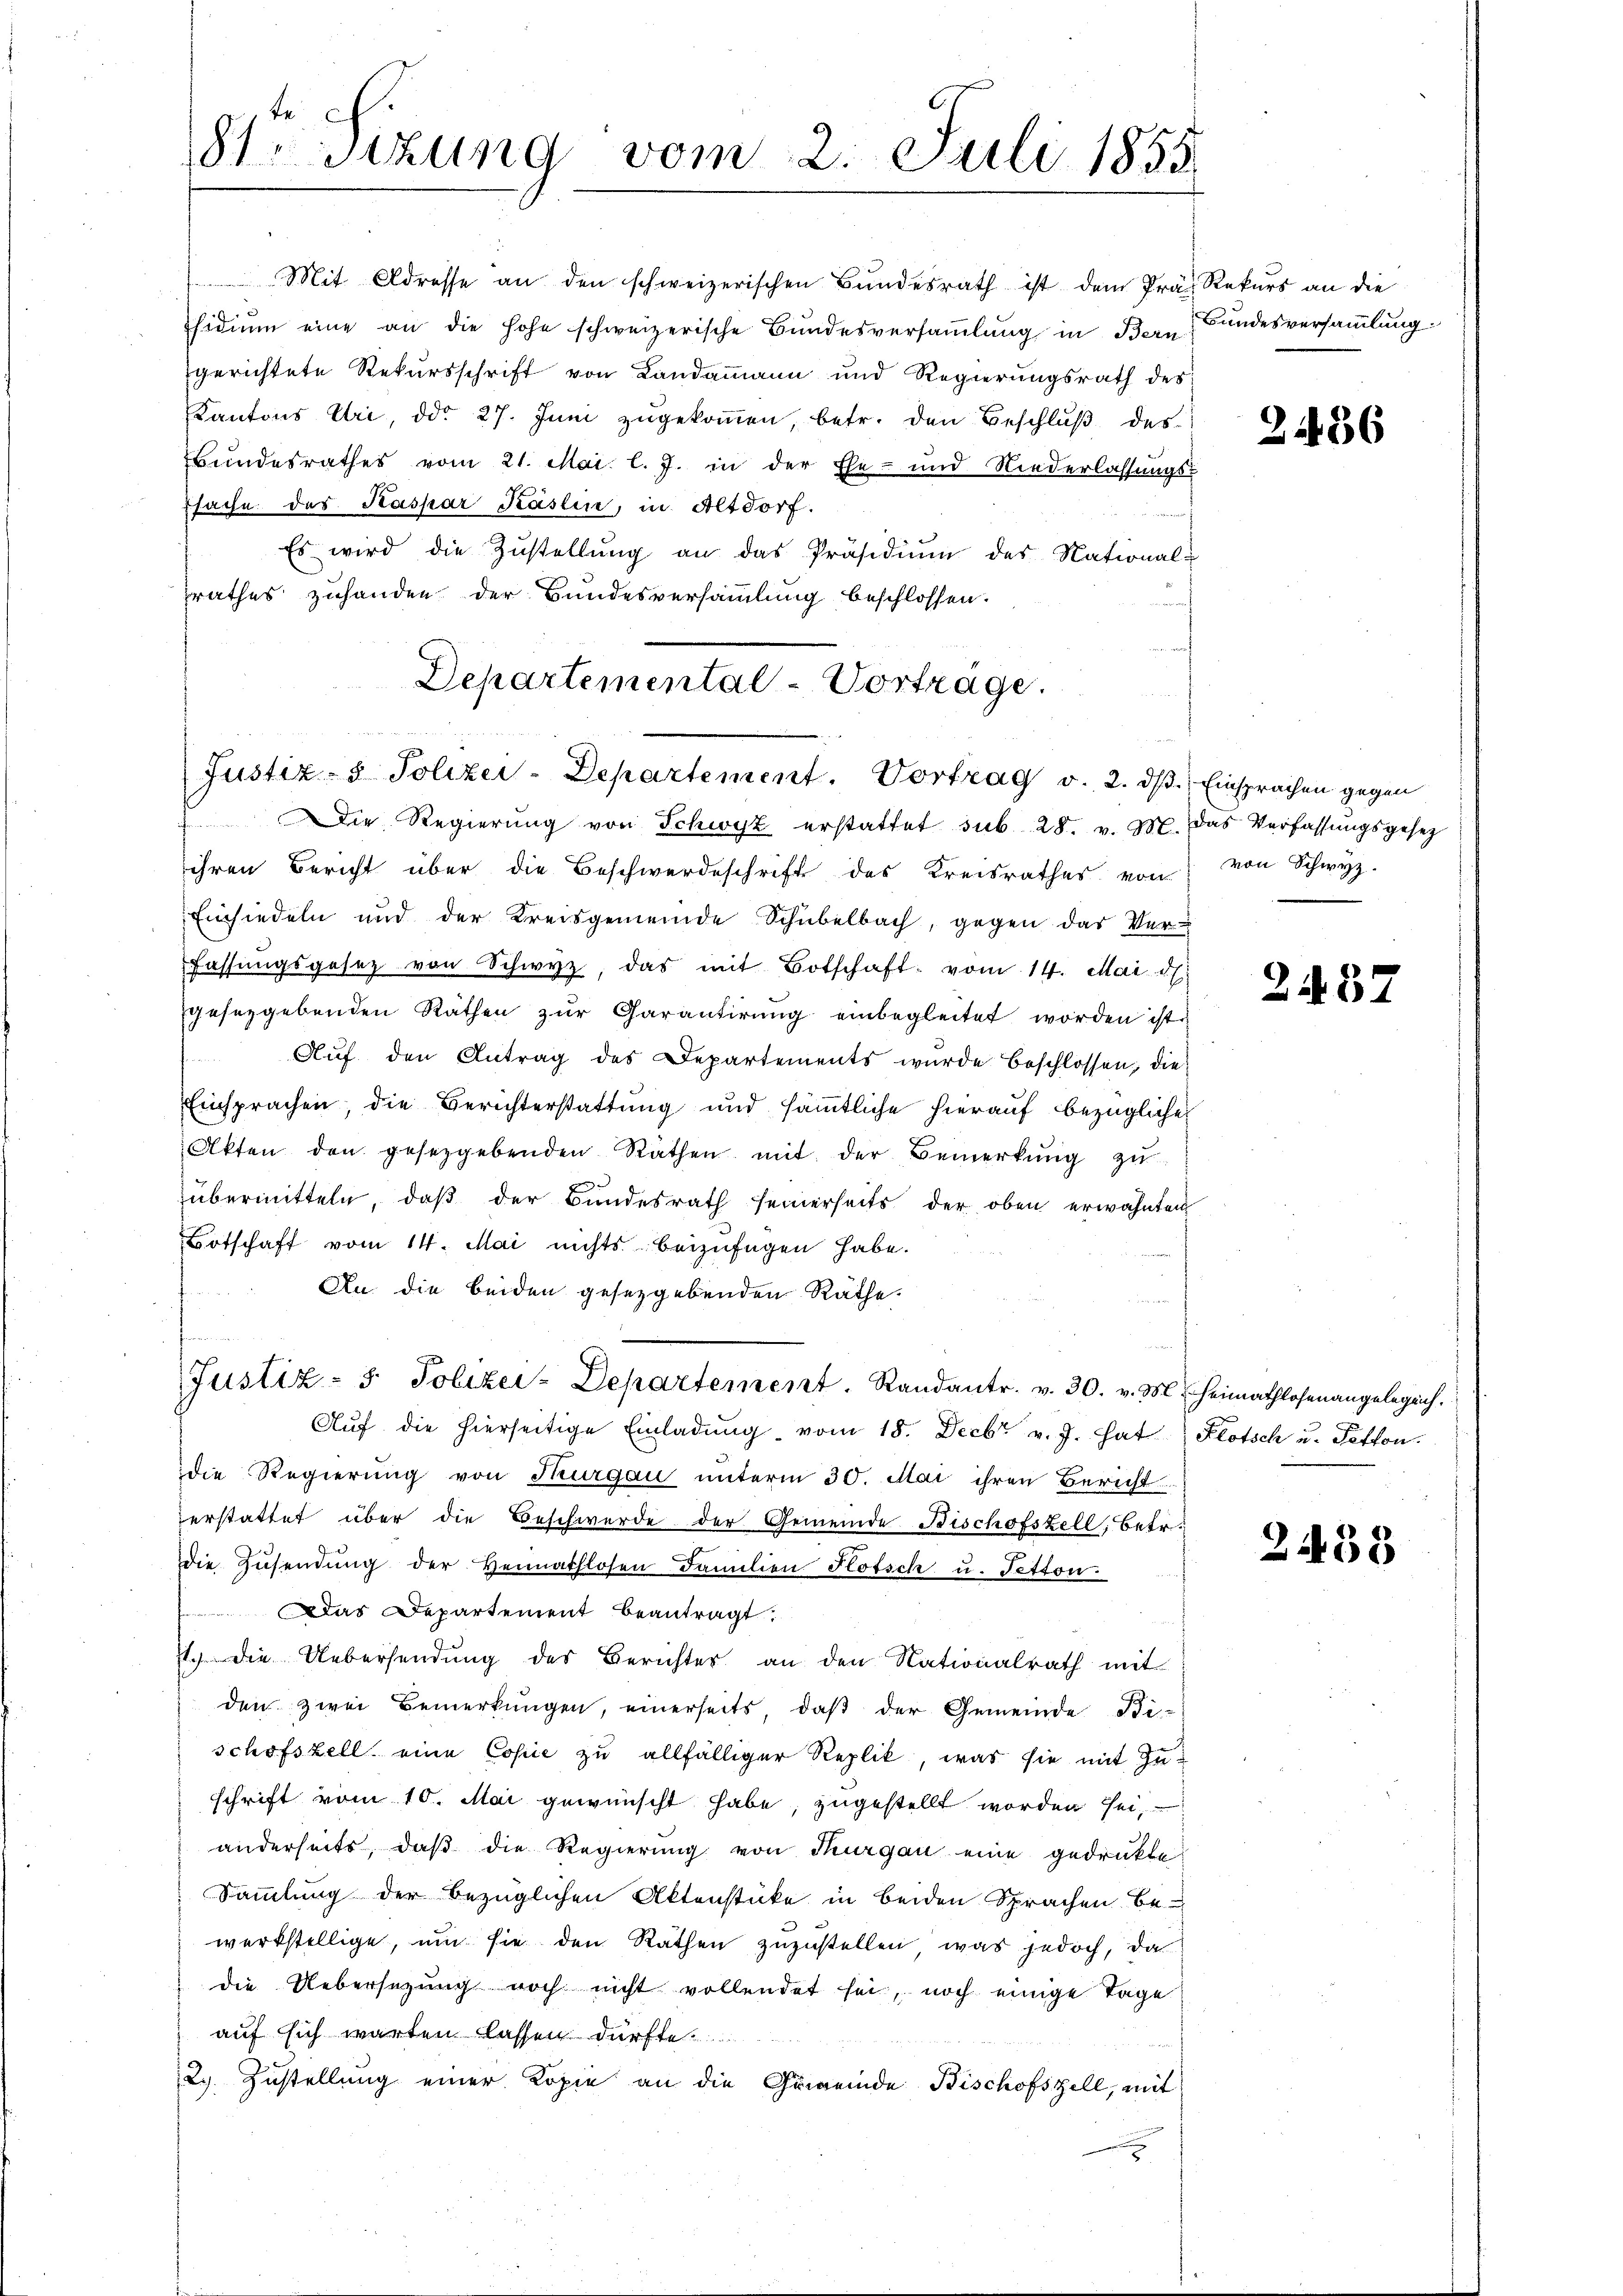
Mit Adresse an den schweizerischen Bŭndesrath ist dem Pra Rekurs an die
Esidium eine an die hohe schweizerische Bundesversammlung in Bern Bundesversammlung
gerichtete Rekursschrift von Landammann und Regierŭngsrath des
Kantons Uri, ddo 27. Juni zugekoṁen, betr. den Beschlŭβ des
Bundesrathes vom 21. Mai. l. J. in der Ehe- und Niederlassungs-
sache des Kaspar Käslin, in Altdorf.
Es wird die Zŭstellŭng an das Präsidiŭm des National-
rathes zuhanden der Bundesversammlung beschlossen.
Departemental-Vorträge.

te.
8sizung vom 2. Juli 1855

Justiz- & Polizei-Departement. Vortrag v. 2. dβ. Einsprachen gegen
ie Regierŭng von Schwyz erstattet sub 28. v. 3. Das Verfassŭngsgesez

f

ihren Bericht über die Beschwerdeschrift des Kreisrathes von von Schwyz.
Einsiedeln und der Kreisgemeinde Schübelbach, gegen das Ver-
Fassungsgesetz von Schwyz, das mit Botschaft vom 14. Mai d.
geseggebenden Räthen zŭr Garantirŭng einbegleitet worden ist
fen
Auf den Antrag des Departements wurde beschlossen, die
Einsprachen, die Berichterstattung und sämmtliche hierauf bezügliche
Akten den gesetzgebenden Rathen mit der Bemerkŭng zŭ
übermitteln, daβ der Bundesrath seinerseits der oben erwähnten
Botschaft vom 14. Mai nichts beizufügen habe.
An die beiden gesetzgebenden Räthe.
Justiz- & Polizei-Departement. Randantr. v. 30. v. M. Heimathlosenangelegrch.
Auf die hierseitige Einladung vom 18. Decbr v. J. hat Klotsch u. Potton.
die Regierung von Thurgau unterm 30. Mai ihren Bericht
erstattet über die Beschwerde der Gemeinde Bischofszell, betr.
die Zusendung der Heimathlosen Familien Flotsch u. Tetton.
Das Departement beantragt.
I. Die Uebersendung des Berichtes an den Nationalrath mit
den zwei Bemerkungen, einerseits, daβ der Gemeinde Bi-
schofszell eine Copie zu allfälliger Replik, was sie mit Zuschrift vom 10. Mai gewünscht habe, zugestellt worden sei,
anderseits, daß die Regierung von Thurgau eine gedrukte
Sammlung der bezüglichen Aktenstücke in beiden Sprachen bewerkstellige, um sie den Räthen zuzustellen, was jedoch, da
die Uebersezung noch nicht vollendet sei, noch einige Tage
auf sich warten lassen dürfte.
2. Zustellung einer Kopie an die Gemeinde Bischofszell, mit

2486

2437

2438